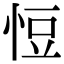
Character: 㤱